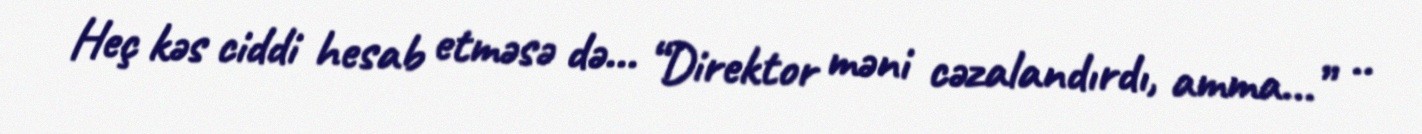
Heç kəs ciddi hesab etməsə də... “Direktor məni cəzalandırdı, amma...” ..